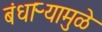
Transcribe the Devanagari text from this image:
बंधाऱ्यामुळे